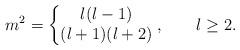
LaTeX: \begin{align*}m^2 = \left\{\begin{matrix}l(l-1)\\(l+1)(l+2)\end{matrix}\right. , \qquad l \ge 2.\end{align*}